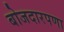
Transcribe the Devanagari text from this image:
बोजदारपणा